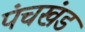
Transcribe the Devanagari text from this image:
पंचखंड